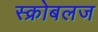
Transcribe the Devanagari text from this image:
स्क्रोबलज